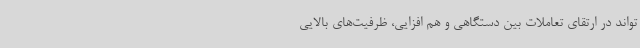
‌تواند در ارتقای تعاملات بین دستگاهی و هم افزایی، ظرفیت‌های بالایی